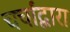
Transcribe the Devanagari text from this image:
चर्चांद्वारा